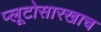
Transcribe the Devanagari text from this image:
प्लूटोसारखाच